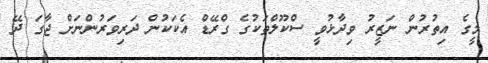
މީގެ އިތުރުން ނަޒީރު ވިދާޅުވީ ސްކޫލްތަކުގެ ގްރޭޑް އެކަކުން ދަރިވަރުންނަށް ޖާގަ ދޭ